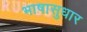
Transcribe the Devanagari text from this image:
भाषासुधार